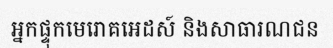
អ្នកផ្ទុកមេរោគអេដស៍ និងសាធារណជន